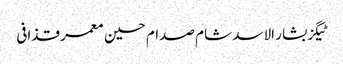
ٹیگزبشار الاسد شام صدام حسین معمر قذافی